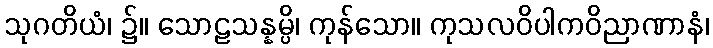
သုဂတိယံ၊ ၌။ သောဠသန္နမ္ပိ၊ ကုန်သော။ ကုသလဝိပါကဝိညာဏာနံ၊